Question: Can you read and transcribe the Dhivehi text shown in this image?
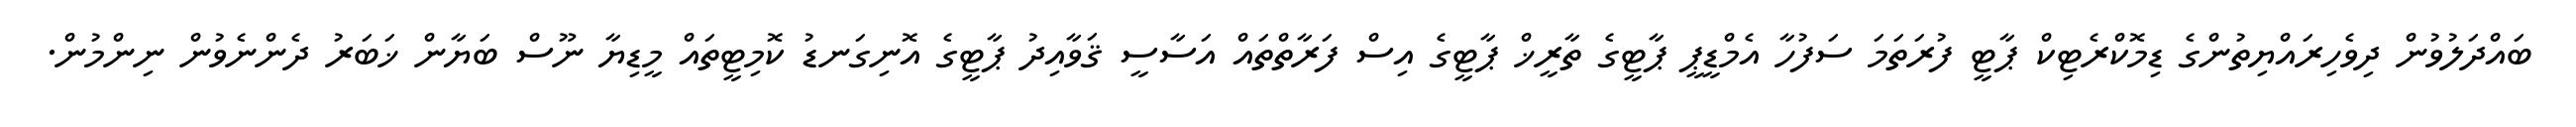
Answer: ބައްދަލުވުން ދިވެހިރައްޔިތުންގެ ޑިމޮކްރެޓިކް ޕާޓީ ފުރަތަމަ ސަފުހާ އެމްޑީޕީ ޕާޓީގެ ތާރީޚް ޕާޓީގެ އިސް ފަރާތްތައް އަސާސީ ޤަވާއިދު ޕާޓީގެ އޮނިގަނޑު ކޮމިޓީތައް މީޑިޔާ ނޫސް ބަޔާން ޚަބަރު ދެންނެވުން ނިންމުން.